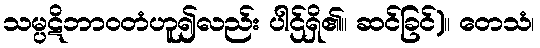
သမ္ပဋိဘာဝတံဟူ၍လည်း ပါဌ်ရှိ၏။ ဆင်ခြင်)။ တေသံ၊